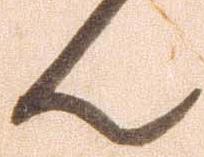
ん